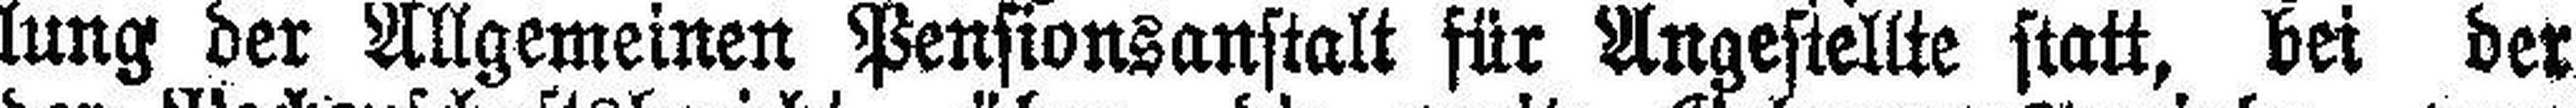
lung der Allgemeinen Pensionsanstalt für Angestellte statt, bei der